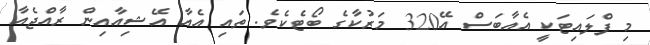
މި ފްލައިޓަކީ އެއާބަސް އޭ320 މަރުކާގެ ބޯޓެކެވެ. ތައި އެއާ އޭޝިއާއިން ރާއްޖެއާ